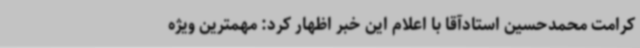
کرامت محمدحسین استادآقا با اعلام این خبر اظهار کرد: مهمترین ویژه‌